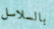
بالسلاسل